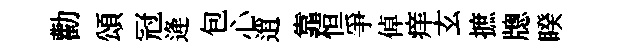
勸頌冠逄包心逍靠恒爭倬痒玄摭牕睽